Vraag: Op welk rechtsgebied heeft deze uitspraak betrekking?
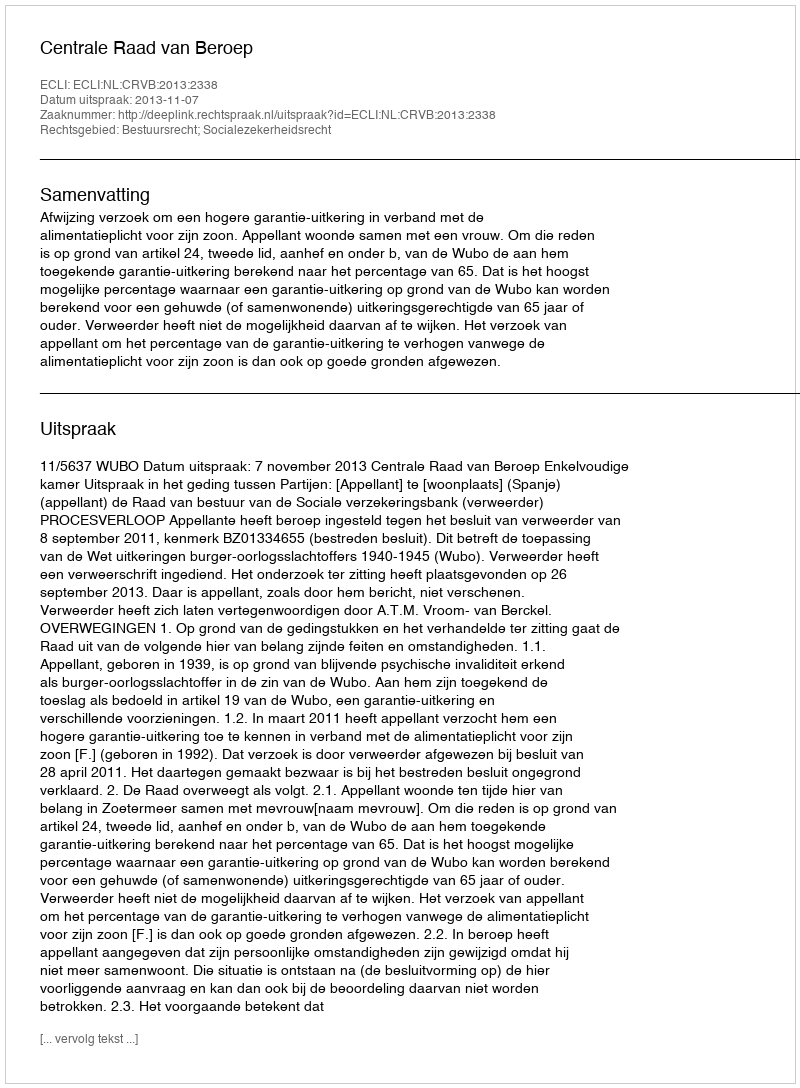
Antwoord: Bestuursrecht; Socialezekerheidsrecht